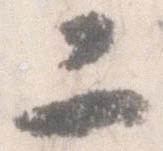
二